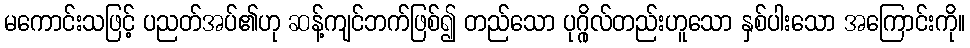
မကောင်းသဖြင့် ပညတ်အပ်၏ဟု ဆန့်ကျင်ဘက်ဖြစ်၍ တည်သော ပုဂ္ဂိုလ်တည်းဟူသော နှစ်ပါးသော အကြောင်းကို။